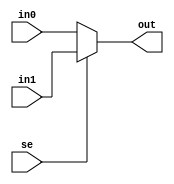
module MUX(in0, in1, se, out);
  input [31:0] in0, in1;
  input se;
  output [31:0] out;
  assign out = (se) ? in1: in0;
endmodule